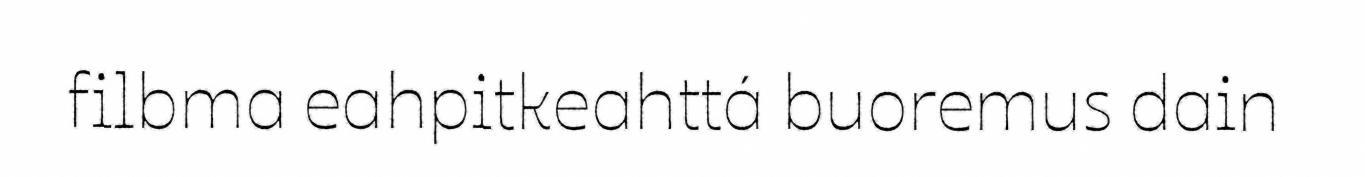
filbma eahpitkeahttá buoremus dain